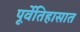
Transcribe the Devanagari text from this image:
पूर्वेतिहासात